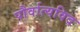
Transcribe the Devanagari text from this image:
पौर्वात्यविद